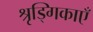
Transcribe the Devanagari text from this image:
श्रृड्गिकाएँ